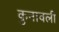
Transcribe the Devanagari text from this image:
कुनावली